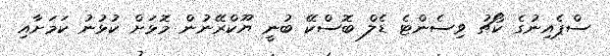
ސްޕެއިނުގެ ކޯޗު ވިސެންޓެ ޑެލް ބޮސްކޭ ބުނީ ޔޫކްރޭނުން މޮޅަށް ކުޅުނު ކަމަށާއި